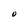
Character: O